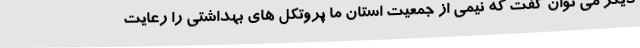
دیگر می توان گفت که نیمی از جمعیت استان ما پروتکل های بهداشتی را رعایت